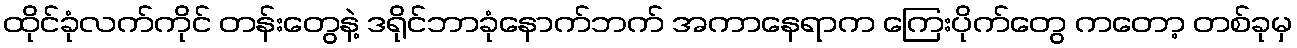
ထိုင်ခုံလက်ကိုင် တန်းတွေနဲ့ ဒရိုင်ဘာခုံနောက်ဘက် အကာနေရာက ကြေးပိုက်တွေ ကတော့ တစ်ခုမှ